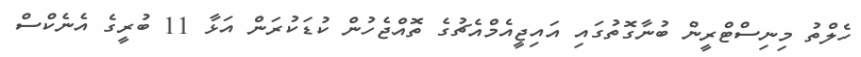
ހެލްތު މިނިސްޓްރީން ބުނާގޮތުގައި އައިޖީއެމްއެޗުގެ ތޮއްޖެހުން ކުޑަކުރަން އަޅާ 11 ބުރީގެ އެނެކްސް